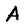
Character: A